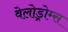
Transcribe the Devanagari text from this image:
वेलोड्रोम्स